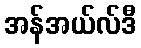
အန်အယ်လ်ဒီ